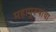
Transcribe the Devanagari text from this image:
महापुरूषांचा